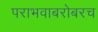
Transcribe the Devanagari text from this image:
पराभवाबरोबरच